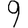
Digit: 9